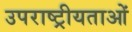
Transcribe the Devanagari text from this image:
उपराष्ट्रीयताओं